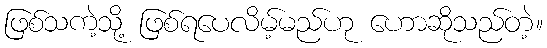
ဖြစ်သကဲ့သို့ ဖြစ်ရပေလိမ့်မည်ဟု ဟောဆိုသည်တဲ့။